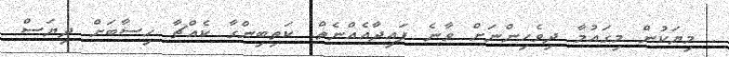
. މިޔަކުން މިގައުމާ ދިވެހިންނަށް ވާނެ ފައިދާއެއްނެތް. ކަތިބިންގާ ކެއްޗާ ހިސާބަށް ދިޔަސް